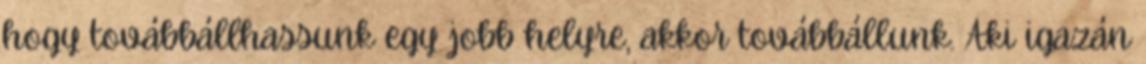
hogy továbbállhassunk egy jobb helyre, akkor továbbállunk. Aki igazán